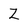
Character: Z